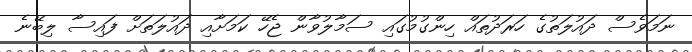
ނަމަވެސް ދައުލަތުގެ ހަރަދުތައް ހިންގުމުގައި ސަމާލުވާން ޖެހޭ ކަމަށާއި ދައުލަތަށް ފައިސާ ލިބޭނެ